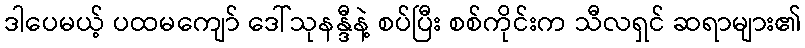
ဒါပေမယ့် ပထမကျော် ဒေါ်သုနန္ဒီနဲ့ စပ်ပြီး စစ်ကိုင်းက သီလရှင် ဆရာများ၏